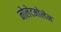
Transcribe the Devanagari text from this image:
नोलेटमोलेन